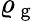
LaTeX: \varrho_{\mathrm{~g~}}